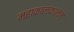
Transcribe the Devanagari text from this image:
महाकालकालम्